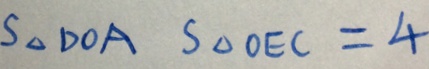
S _ { \Delta D O A } S _ { \Delta O E C } = 4